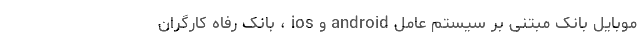
موبایل بانک مبتنی بر سیستم عامل android و ios ، بانک رفاه کارگران